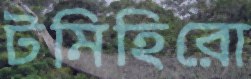
টমিহিরো